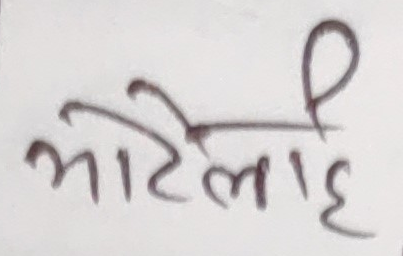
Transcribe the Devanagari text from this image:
भेटिएलाइ